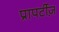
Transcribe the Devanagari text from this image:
प्रापर्टीज़